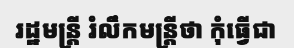
រដ្ឋមន្ត្រី រំលឹកមន្ត្រីថា កុំធ្វើជា